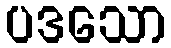
ပဒသော